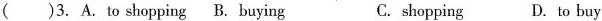
( )3. A. To shopping B. Buying C. shopping D. To buy